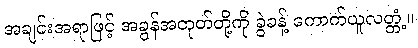
အချင်းအရာဖြင့် အခွန်အတုတ်တို့ကို ခွဲခန့် ကောက်ယူလတ္တံ့။